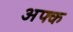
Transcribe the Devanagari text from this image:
अफ्क